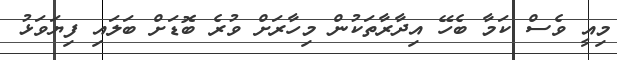
މިއީ ވެސް ކަމާ ބެހޭ އިދާރާތަކުން މިހާރަށް ވުރެ ބޮޑަށް ބަލައި ފިޔަވަޅު